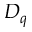
D _ { q }